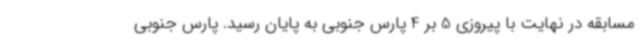
مسابقه در نهایت با پیروزی 5 بر 4 پارس جنوبی به پایان رسید. پارس جنوبی